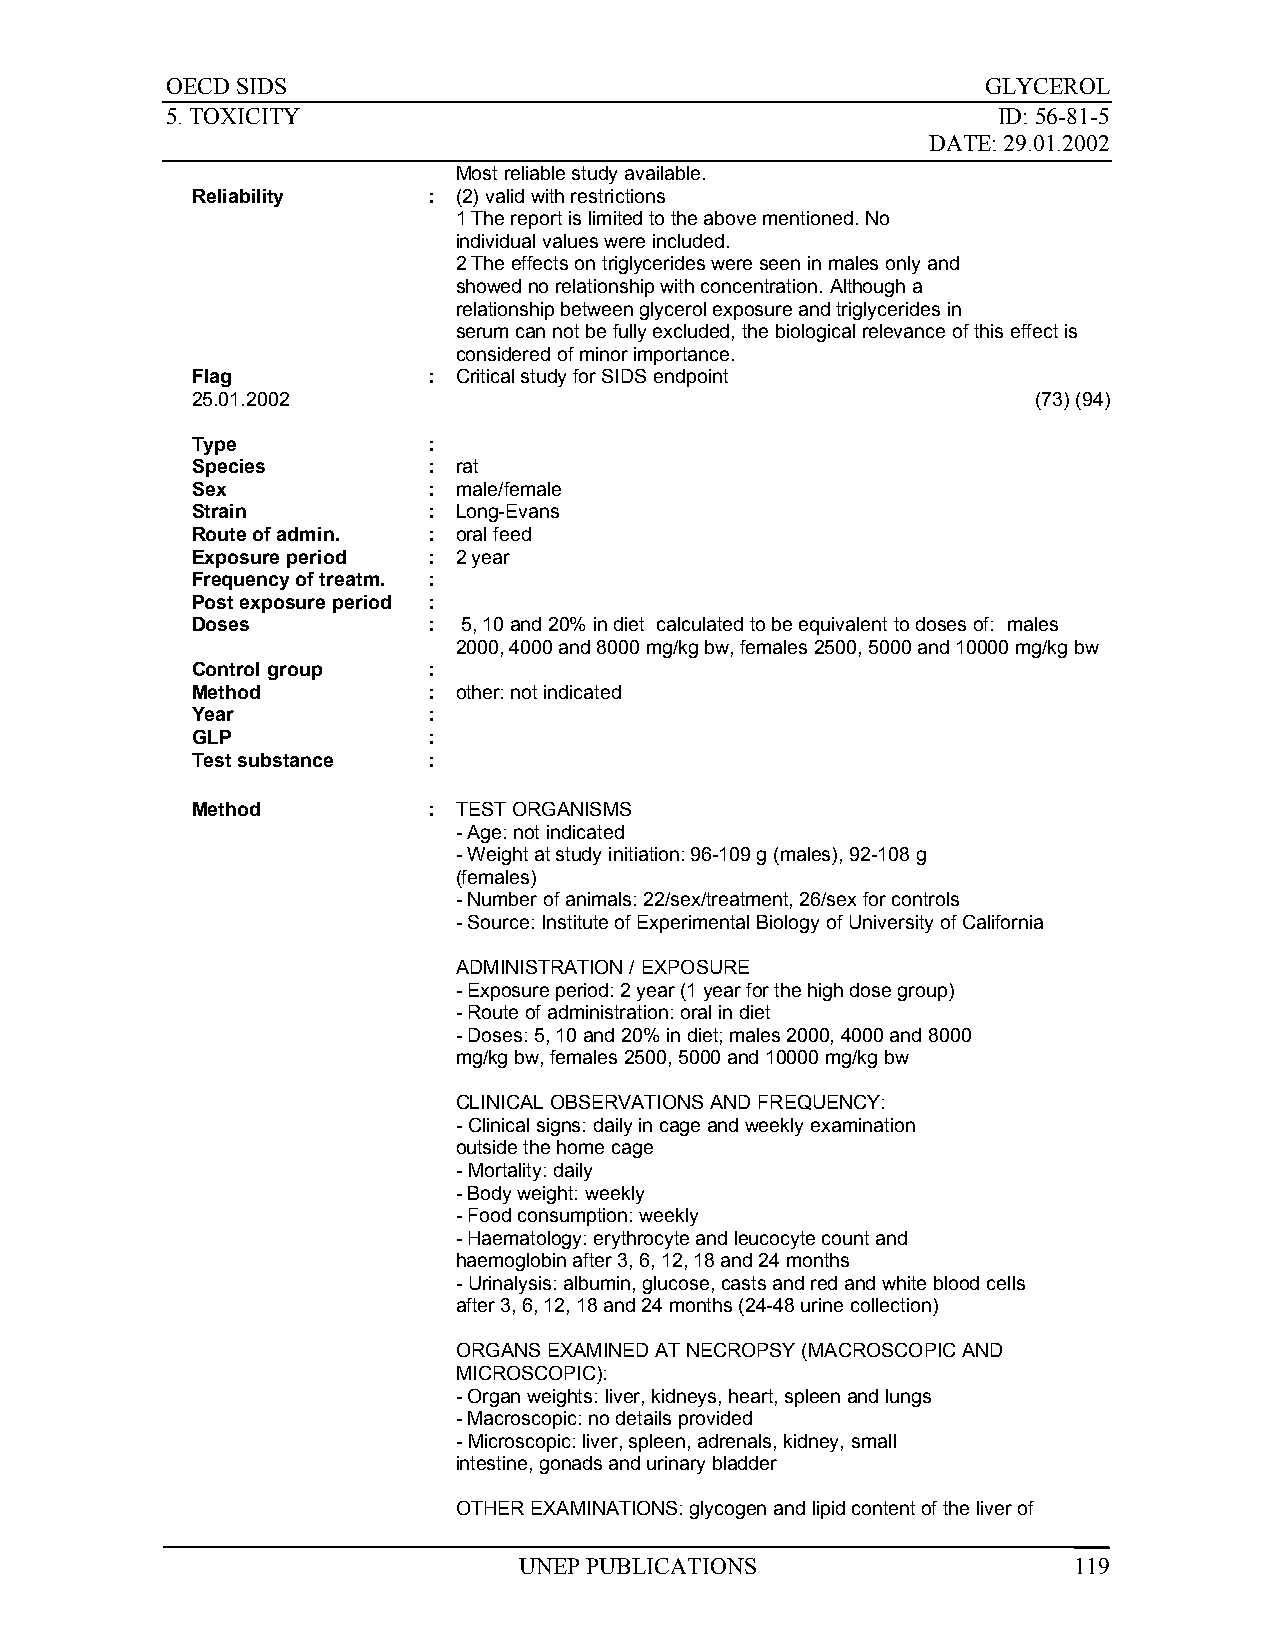
OECD SIDS                                             GLYCEROL
 5. TOXICITY                                            ID: 56-81-5
 DATE: 29.01.2002
 Most reliable study available.
 Reliability    : (2) valid with restrictions
 1 The report is limited to the above mentioned. No
 individual values were included.
 2 The effects on triglycerides were seen in males only and
 showed no relationship with concentration. Although a
 relationship between glycerol exposure and triglycerides in
 serum can not be fully excluded, the biological relevance of this effect is
 considered of minor importance.
 Flag           : Critical study for SIDS endpoint
 25.01.2002                                              (73) (94)
 Type           :
 Species        : rat
 Sex            : male/female
 Strain         : Long-Evans
 Route of admin. : oral feed
 Exposure period : 2 year
 Frequency of treatm. :
 Post exposure period :
 Doses          :  5, 10 and 20% in diet calculated to be equivalent to doses of: males
 2000, 4000 and 8000 mg/kg bw, females 2500, 5000 and 10000 mg/kg bw
 Control group  :
 Method         : other: not indicated
 Year           :
 GLP            :
 Test substance :
 Method         : TEST ORGANISMS
 - Age: not indicated
 - Weight at study initiation: 96-109 g (males), 92-108 g
 (females)
 - Number of animals: 22/sex/treatment, 26/sex for controls
 - Source: Institute of Experimental Biology of University of California
 ADMINISTRATION / EXPOSURE
 - Exposure period: 2 year (1 year for the high dose group)
 - Route of administration: oral in diet
 - Doses: 5, 10 and 20% in diet; males 2000, 4000 and 8000
 mg/kg bw, females 2500, 5000 and 10000 mg/kg bw
 CLINICAL OBSERVATIONS AND FREQUENCY:
 - Clinical signs: daily in cage and weekly examination
 outside the home cage
 - Mortality: daily
 - Body weight: weekly
 - Food consumption: weekly
 - Haematology: erythrocyte and leucocyte count and
 haemoglobin after 3, 6, 12, 18 and 24 months
 - Urinalysis: albumin, glucose, casts and red and white blood cells
 after 3, 6, 12, 18 and 24 months (24-48 urine collection)
 ORGANS EXAMINED AT NECROPSY (MACROSCOPIC AND
 MICROSCOPIC):
 - Organ weights: liver, kidneys, heart, spleen and lungs
 - Macroscopic: no details provided
 - Microscopic: liver, spleen, adrenals, kidney, small
 intestine, gonads and urinary bladder
 OTHER EXAMINATIONS: glycogen and lipid content of the liver of
 UNEP PUBLICATIONS                    119